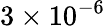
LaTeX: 3\times 10^{-6}